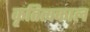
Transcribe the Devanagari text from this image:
कृतित्वकाल